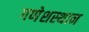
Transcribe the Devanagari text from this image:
गणेशस्थान